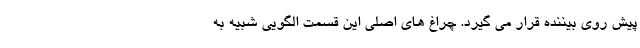
پیش روی بیننده قرار می گیرد. چراغ های اصلی این قسمت الگویی شبیه به